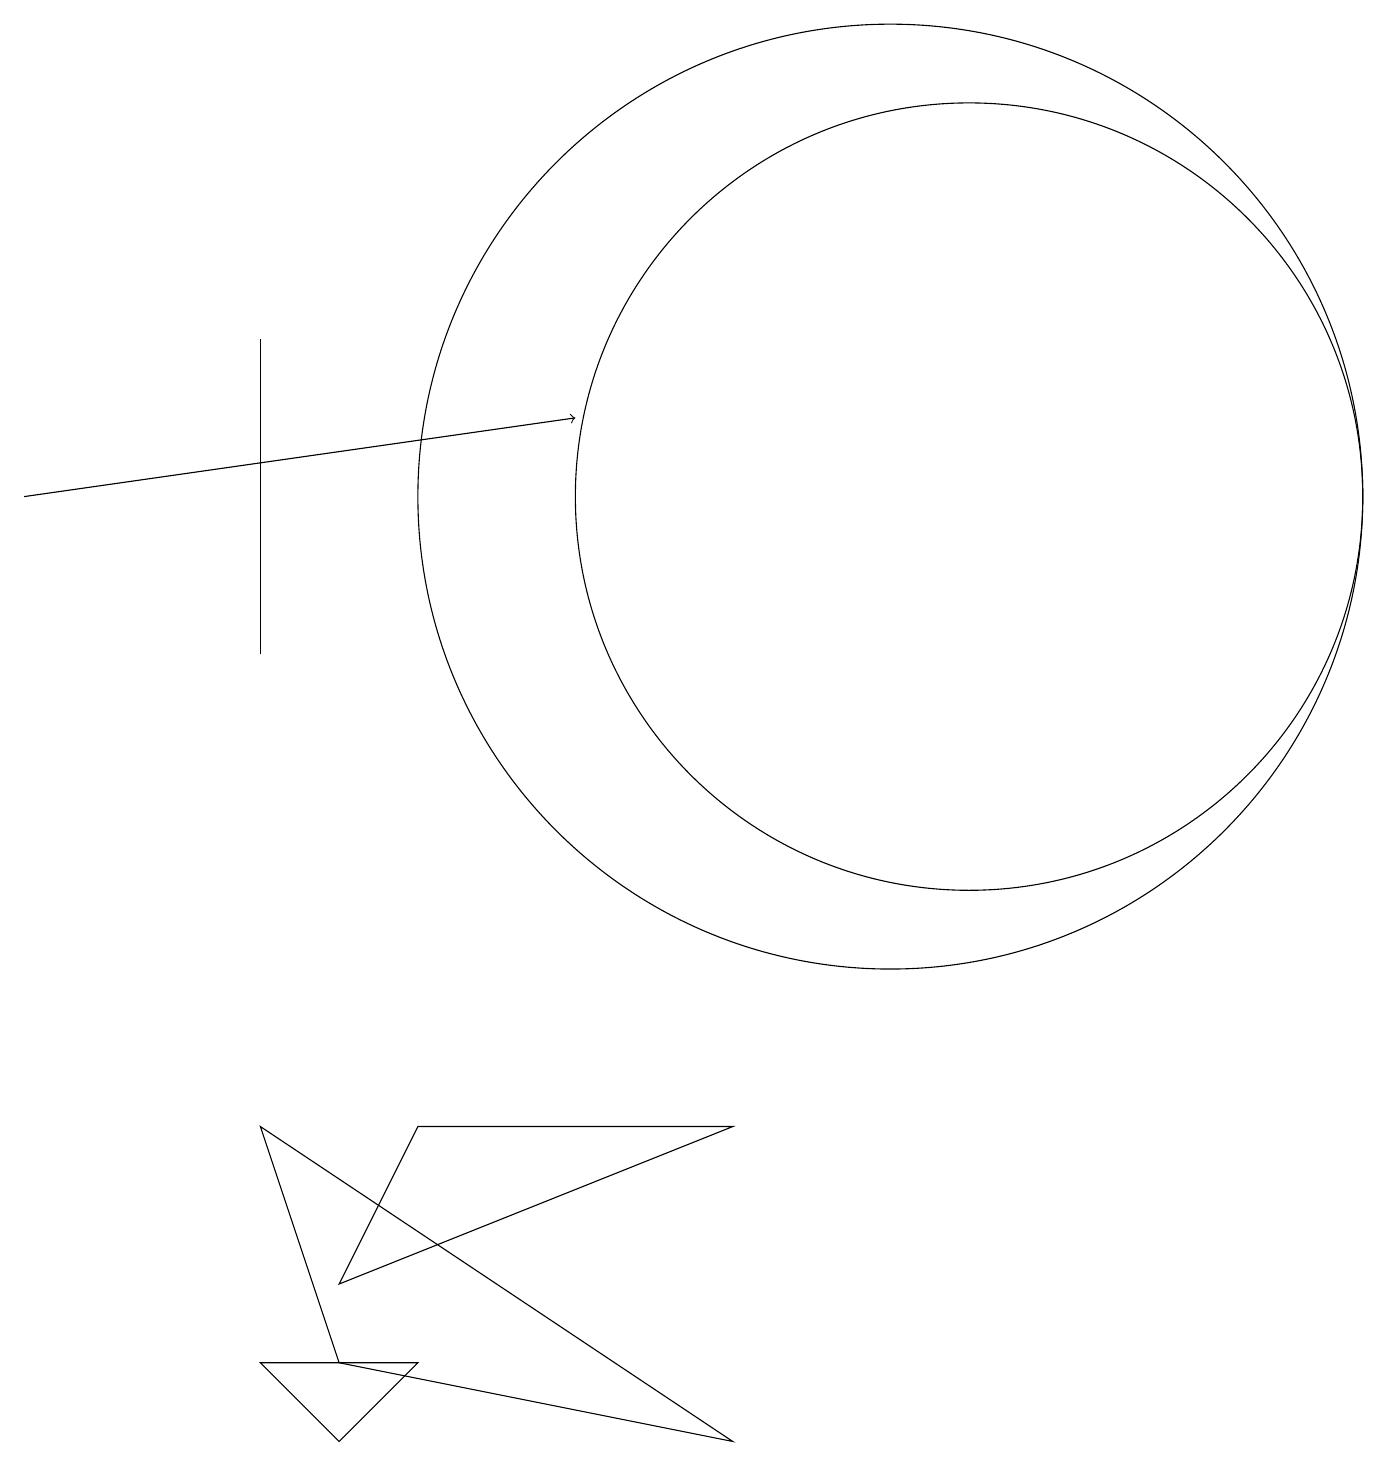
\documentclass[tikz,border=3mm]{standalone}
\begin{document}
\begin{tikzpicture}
\draw (3,14) rectangle (3,10);
\draw (5,4) -- (9,4) -- (4,2) -- cycle;
\draw (3,4) -- (4,1) -- (9,0) -- cycle;
\draw[->] (0,12) -- (7,13);
\draw (5,1) -- (3,1) -- (4,0) -- cycle;
\draw (11,12) circle (6);
\draw (12,12) circle (5);
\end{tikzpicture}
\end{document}